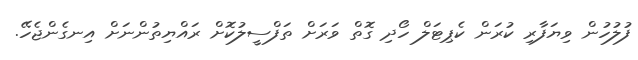
ފުލުހުން ވިޔަފާރި ކުރަން ކެޕިޓަލް ހޯދި ގޮތް ވަރަށް ތަފްސީލުކޮށް ރައްޔިތުންނަށް އިނގެންޖެހޭ.